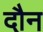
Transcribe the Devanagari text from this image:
दौन